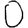
Digit: 0